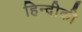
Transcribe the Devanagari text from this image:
हिन्दीकी